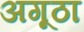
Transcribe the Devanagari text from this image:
अगूठा